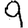
Digit: 9